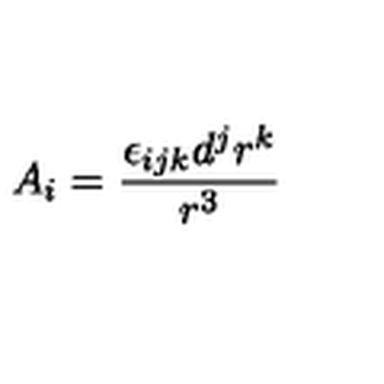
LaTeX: A _ { i } = \frac { \epsilon _ { i j k } d ^ { j } r ^ { k } } { r ^ { 3 } }